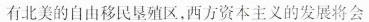
有北美的自由移民垦殖区，西方资本主义的发展将会